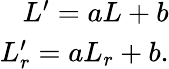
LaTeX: \begin{array}{r}{L^{\prime}=aL+b}\\ {L_{r}^{\prime}=aL_{r}+b.}\end{array}